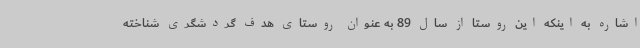
اشاره به اینکه این روستا از سال 89 به عنوان روستای هدف گردشگری شناخته